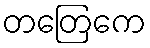
တတြေကေ